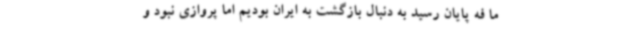
ما فه پایان رسید به دنبال بازگشت به ایران بودیم اما پروازی نبود و